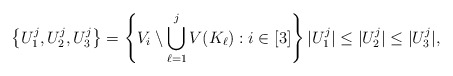
\begin{align*}\left\{U_1^j, U_2^j, U_3^j \right\} = \left\{V_i\setminus \bigcup_{\ell=1}^jV(K_{\ell}): i\in [3] \right\} |U_1^j|\le |U_2^j| \le |U_3^j|, \end{align*}